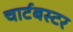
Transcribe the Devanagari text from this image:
चार्टबस्टर